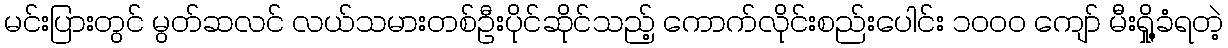
မင်းပြားတွင် မွတ်ဆလင် လယ်သမားတစ်ဦးပိုင်ဆိုင်သည့် ကောက်လိုင်းစည်းပေါင်း ၁၀၀၀ ကျော် မီးရှို့ခံရတဲ့